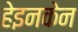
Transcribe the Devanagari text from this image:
हेइनकेन